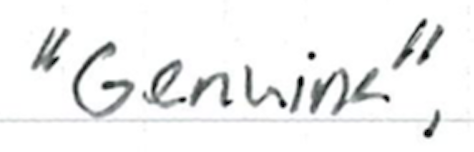
Text: "Genuine",
Cross-out: clean
Writing tool: ballpoint